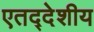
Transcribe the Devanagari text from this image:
एतद्‍देशीय